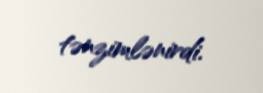
tənzimlənirdi.